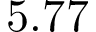
5 . 7 7